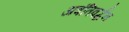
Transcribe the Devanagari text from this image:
अवंतिवर्द्धन